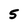
Character: 5